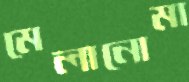
মেলানোমা